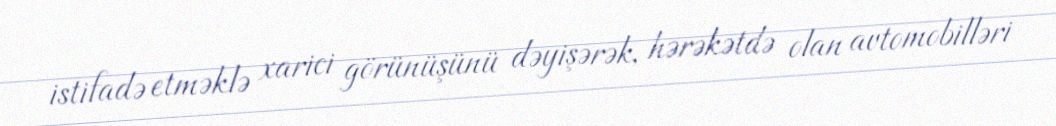
istifadə etməklə xarici görünüşünü dəyişərək, hərəkətdə olan avtomobilləri